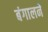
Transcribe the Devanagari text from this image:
बंगालने